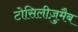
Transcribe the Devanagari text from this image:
टोसिलीज़ुमैब